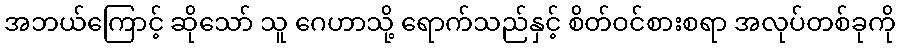
အဘယ်ကြောင့် ဆိုသော် သူ ဂေဟာသို့ ရောက်သည်နှင့် စိတ်ဝင်စားစရာ အလုပ်တစ်ခုကို